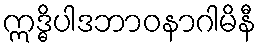
ဣဒ္ဓိပါဒဘာဝနာဂါမိနီ